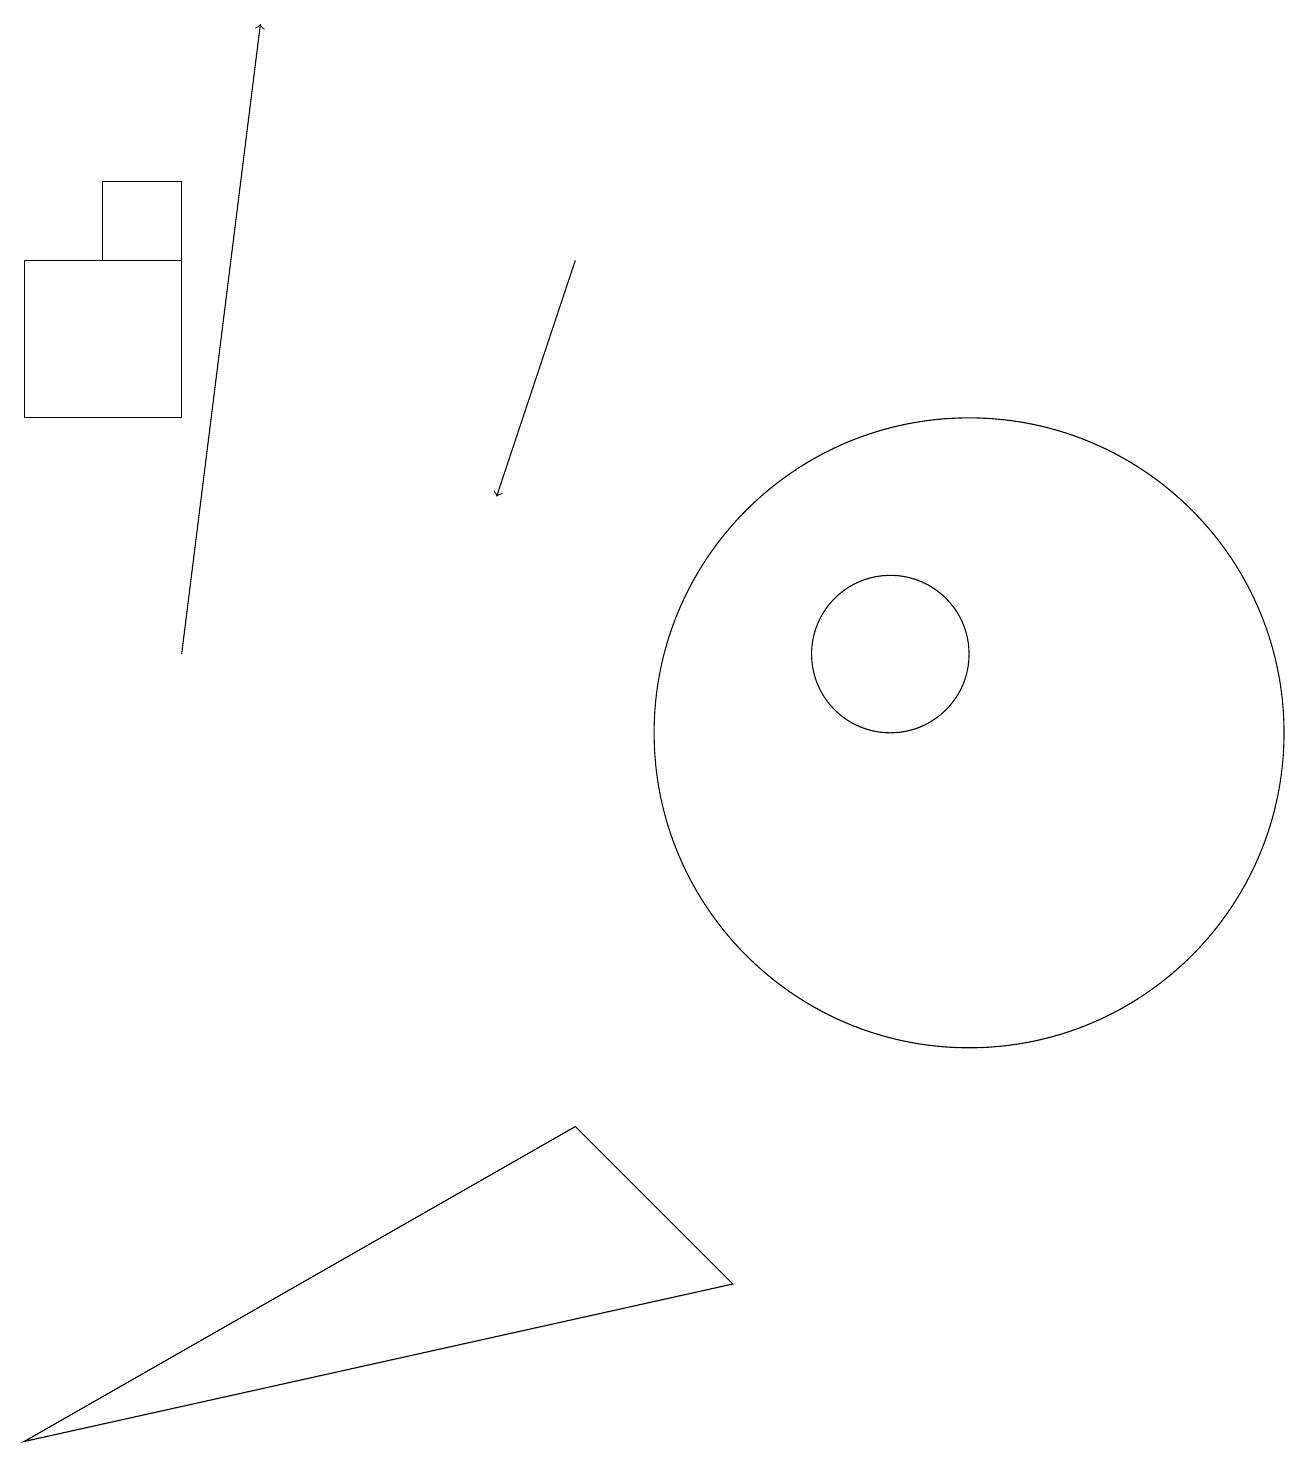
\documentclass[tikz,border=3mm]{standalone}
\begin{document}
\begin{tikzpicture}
\draw[->] (2,11) -- (3,19);
\draw (12,12) circle (0);
\draw (11,11) circle (1);
\draw (12,10) circle (4);
\draw (2,16) rectangle (0,14);
\draw (2,17) rectangle (1,16);
\draw[->] (7,16) -- (6,13);
\draw (7,5) -- (9,3) -- (0,1) -- cycle;
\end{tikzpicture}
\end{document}